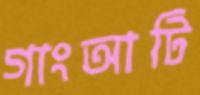
গাংআটি